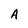
Character: A